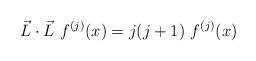
\begin{align*}\vec{L} \cdot \vec{L} ~f^{(j)}(x) = j(j+1)~f^{(j)}(x)\end{align*}